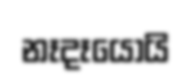
නෑදෑයෝයි